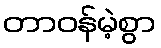
တာဝန်မဲ့စွာ